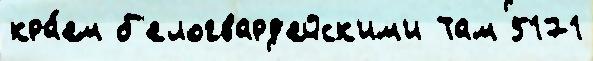
кра́ем б'елогвард'ейск'им'и Там 5171